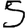
Digit: 5